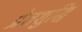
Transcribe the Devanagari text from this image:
प्रेतशुद्धि